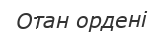
Отан ордені